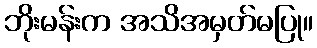
ဘိုးမန်းက အသိအမှတ်မပြု။